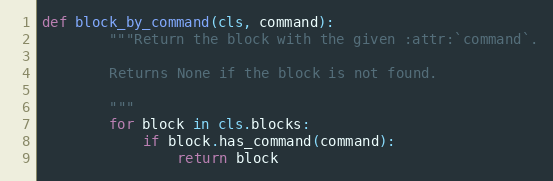
Language: Python
def block_by_command(cls, command):
        """Return the block with the given :attr:`command`.

        Returns None if the block is not found.

        """
        for block in cls.blocks:
            if block.has_command(command):
                return block